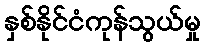
နှစ်နိုင်ငံကုန်သွယ်မှု